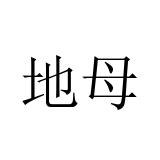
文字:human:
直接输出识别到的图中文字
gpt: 地母